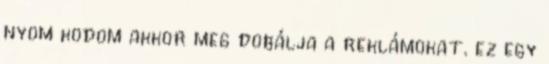
nyom kodom akkor meg dobálja a reklámokat. ez egy